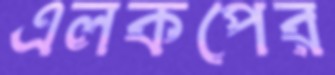
এলকপের